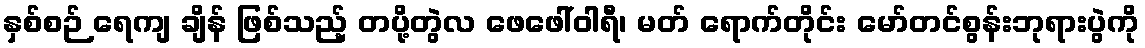
နှစ်စဉ် ရေကျ ချိန် ဖြစ်သည့် တပို့တွဲလ ဖေဖေါ်ဝါရီ၊ မတ် ရောက်တိုင်း မော်တင်စွန်းဘုရားပွဲကို